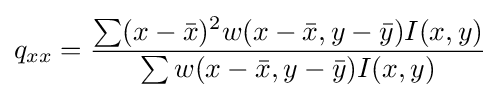
q_{xx}={\frac {\sum (x-{\bar {x}})^{2}w(x-{\bar {x}},y-{\bar {y}})I(x,y)}{\sum w(x-{\bar {x}},y-{\bar {y}})I(x,y)}}